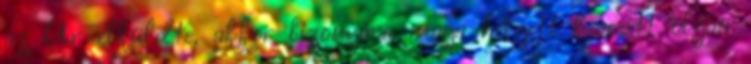
az Úr elküldte, akkor bizonyára maga helyett keresett olyan